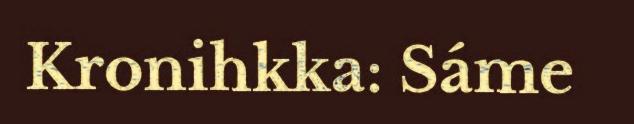
Kronihkka: Sáme